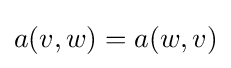
a(v,w)=a(w,v)